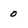
Character: 0